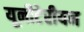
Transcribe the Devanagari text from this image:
यूनीटेरीयन